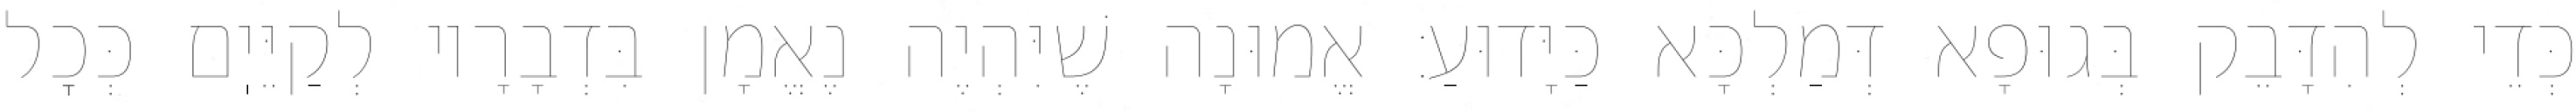
כְּדֵי לְהִדָּבֵק בְּגוּפָא דְּמַלְכָּא כַּיָּדוּעַ: אֱמוּנָה שֶׁיִּהְיֶה נֶאֱמָן בִּדְבָרָיו לְקַיֵּיֽם כְּכׇל